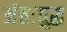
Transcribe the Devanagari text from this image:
अंतःयुद्ध